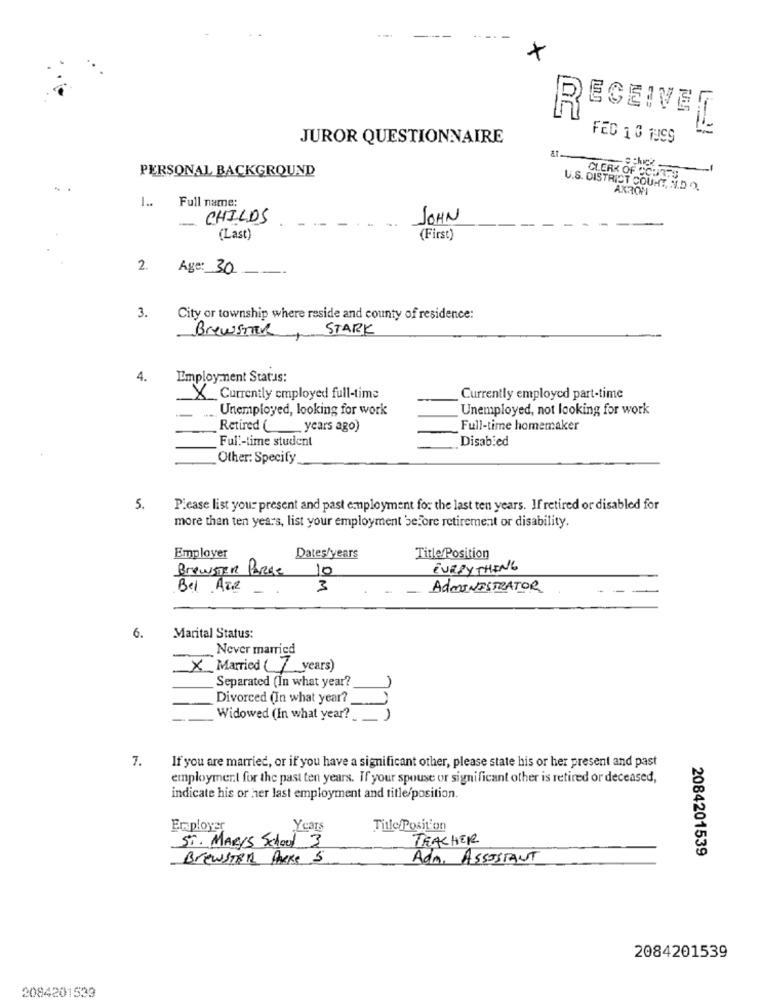
EGEIVET
R
JUROR QUESTIONNAIRE
FED 10 TUS9
PERSONAL BACKGROUND
CLERK OF COURTS
U.S. DISTRICT COURT, V.D.O.
AKRON
1 .. Full name:
-
CHILDS
JOHN
(Last)
(First)
2.
Age: 30
3.
City or township where reside and county of residence:
Brewster
STARK
4.
Employment Status:
X Currently employed full-time
Currently employed part-time
Unemployed, looking for work
Unemployed, not looking for work
Retired (_years ago)
Full-time homemaker
Full-time student
Disabled
Other: Specify
5.
Please list your present and past employment for the last ten years. If retired or disabled for
more than ten years, list your employment before retirement or disability.
Employer
Dates/years
Title Position
EVERYTHING
BrewSTER PARde 10
Bel AIR -
3
ADMINISTRATOR
6.
Marital Status:
Never married
X Married (7 years)
Separated (In what year?
Divorced (In what year?
Widowed (In what year?
7.
If you are married, or if you have a significant other, please state his or her present and past
employment for the past ten years. If your spouse or significant other is retired or deceased,
indicate his or her last employment and title/position.
Employer
Years
Title Position
TEACHER
ST. MARY'S School 3
BREWSTER Packs 5
Adm. ASSISTANT
2084201539
2084201539
2084201533